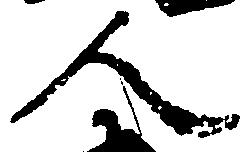
人